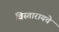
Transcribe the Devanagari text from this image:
विस्तारायचे